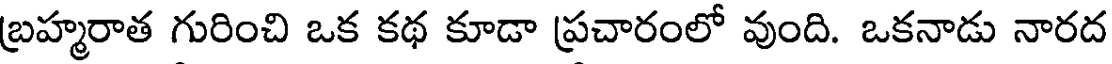
బ్రహ్మరాత గురించి ఒక కథ కూడా ప్రచారంలో వుంది. ఒకనాడు నారద